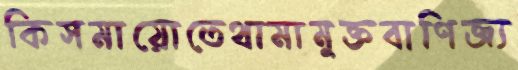
কিসমায়োতেথামামুক্তবাণিজ্য